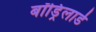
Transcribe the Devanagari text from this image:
बॉड्रिलार्ड